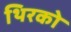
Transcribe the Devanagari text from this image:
थिरको